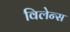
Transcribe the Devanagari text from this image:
विलेन्स